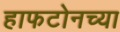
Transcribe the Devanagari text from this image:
हाफटोनच्या